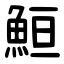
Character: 䱎